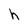
Character: h